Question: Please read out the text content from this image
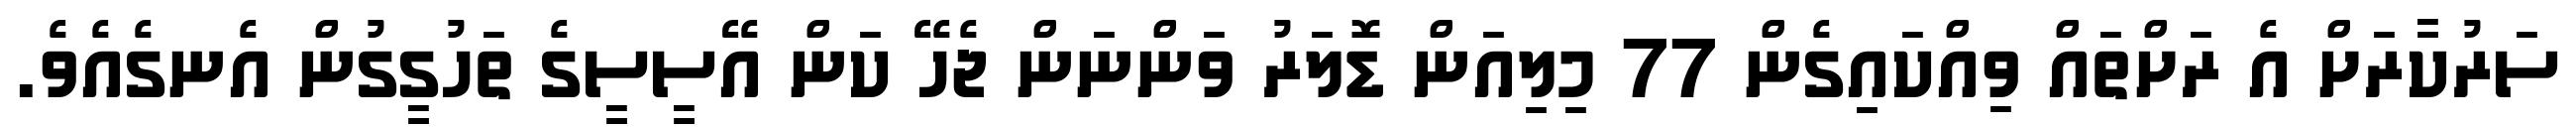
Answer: ސަރުކާރަށް އެ ރަށްތައް ވިއްކައިގެން 77 މިލިއަން ޑޮލަރު ވަންނަން ޖެހޭ ކަން އޭސީސީގެ ތަހުގީގުން އެނގެއެވެ.